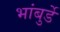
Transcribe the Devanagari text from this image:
भांबुर्डे